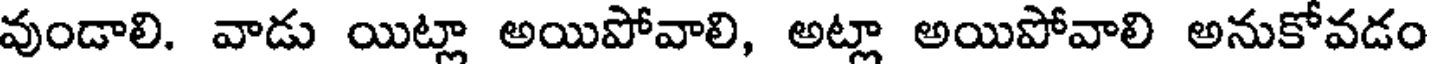
వుండాలి. వాడు యిట్లా అయిపోవాలి, అట్లా అయిపోవాలి అనుకోవడం